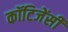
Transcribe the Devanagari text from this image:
कॉटिजेंसी